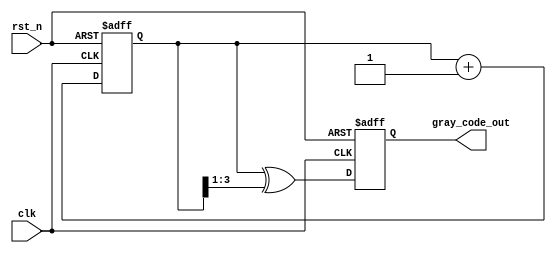
module gray_code_counter (
    input wire clk,          // Clock signal
    input wire rst_n,       // Asynchronous reset (active low)
    output reg [N-1:0] gray_code_out // Output Gray code value
);
    parameter N = 4; // Number of bits for the counter

    reg [N-1:0] binary_count; // Binary counter

    // Convert binary to Gray code
    function [N-1:0] binary_to_gray;
        input [N-1:0] binary;
        begin
            binary_to_gray = binary ^ (binary >> 1);
        end
    endfunction

    // Asynchronous reset and counting logic
    always @(posedge clk or negedge rst_n) begin
        if (!rst_n) begin
            // Reset the binary counter and Gray code output
            binary_count <= 0;
            gray_code_out <= binary_to_gray(0);
        end else begin
            // Increment the binary counter
            binary_count <= binary_count + 1;
            // Update the Gray code output
            gray_code_out <= binary_to_gray(binary_count);
        end
    end

endmodule